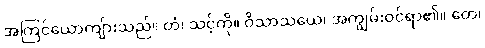
အကြင်ယောကျ်ားသည်။ တံ၊ သင့်ကို။ ဝိသာသယေ၊ အကျွမ်းဝင်ရာ၏။ တေ၊